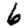
Digit: 6